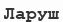
Ларуш